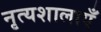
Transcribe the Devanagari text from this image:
नृत्यशालाएँ